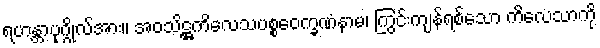
ရဟန္တာပုဂ္ဂိုလ်အား။ အဝသိဋ္ဌကိလေသပစ္စဝေက္ခဏံနာမ၊ ကြွင်းကျန်ရစ်သော ကိလေသာကို